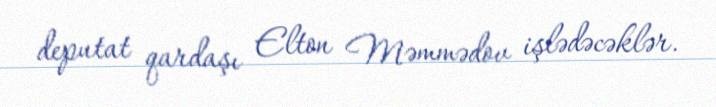
deputat qardaşı Elton Məmmədov işlədəcəklər.